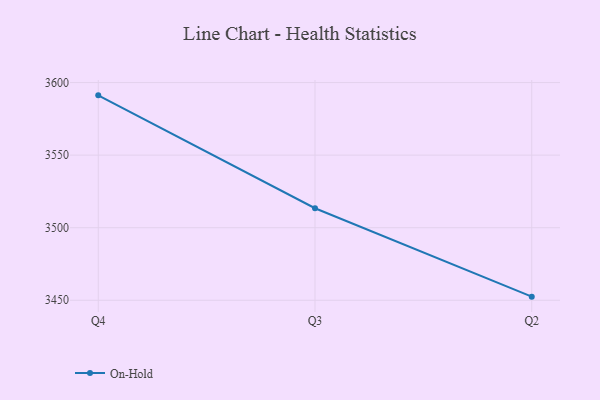
{"axis": {"x": "Quarter", "y": "Revenue (USD Million)"}, "legend": ["On-Hold"], "data": [{"x": "Q4", "y": 3591.2, "type": "On-Hold"}, {"x": "Q3", "y": 3513.4, "type": "On-Hold"}, {"x": "Q2", "y": 3452.5, "type": "On-Hold"}]}